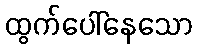
ထွက်ပေါ်နေသော